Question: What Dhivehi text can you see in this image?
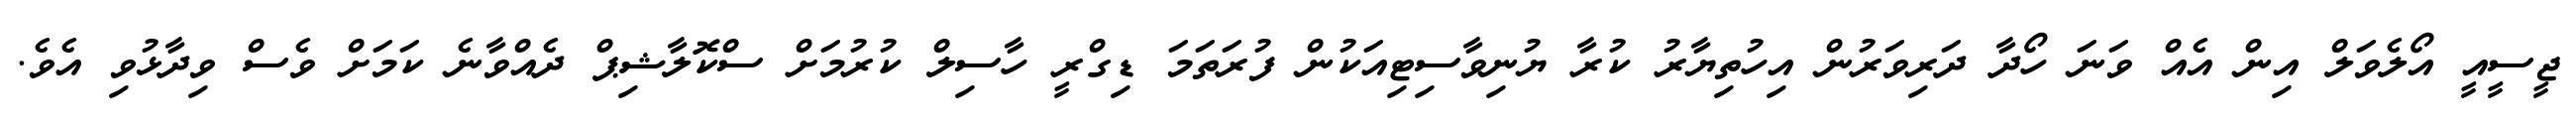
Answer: ޖީސީއީ އޯލެވަލް އިން އެއް ވަނަ ހޯދާ ދަރިވަރުން އިހުތިޔާރު ކުރާ ޔުނިވާސިޓިއަކުން ފުރަތަމަ ޑިގްރީ ހާސިލް ކުރުމަށް ސްކޮލާޝިޕް ދެއްވާނެ ކަމަށް ވެސް ވިދާޅުވި އެވެ.